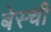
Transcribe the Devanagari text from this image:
बेस्ची